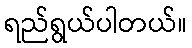
ရည်ရွယ်ပါတယ်။